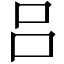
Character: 吕